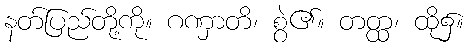
နတ်ပြည်တို့ကို။ ဂဏှာတိ၊ စွဲ၏။ တတ္ထ၊ ထို၌။